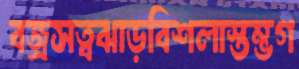
বজ্রসত্বঝাড়বিশলাস্তম্ভগ